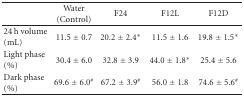
<table><thead><tr><td></td><td><b>Water (Control)</b></td><td><b>F24</b></td><td><b>F12L</b></td><td><b>F12D</b></td></tr></thead><tbody><tr><td>24 h volume (mL)</td><td>11.5 ± 0.7</td><td>20.2 ± 2.4*</td><td>11.5 ± 1.6</td><td>19.8 ± 1.5*</td></tr><tr><td>Light phase (%)</td><td>30.4 ± 6.0</td><td>32.8 ± 3.9</td><td>44.0 ± 1.8*</td><td>25.4 ± 5.6</td></tr><tr><td>Dark phase (%)</td><td>69.6 ± 6.0<sup>#</sup></td><td>67.2 ± 3.9<sup>#</sup></td><td>56.0 ± 1.8</td><td>74.6 ± 5.6<sup>#</sup></td></tr></tbody></table>